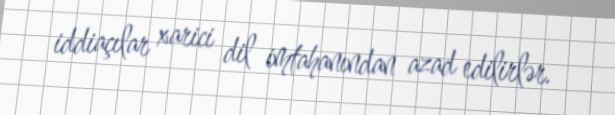
iddiaçılar xarici dil imtahanından azad edilirlər.